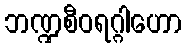
ဘဏ္ဍစီဝရဂ္ဂါဟော